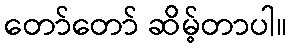
တော်တော် ဆိမ့်တာပါ။